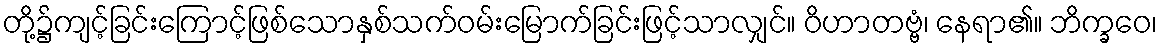
တို့၌ကျင့်ခြင်းကြောင့်ဖြစ်သောနှစ်သက်ဝမ်းမြောက်ခြင်းဖြင့်သာလျှင်။ ဝိဟာတဗ္ဗံ၊ နေရာ၏။ ဘိက္ခဝေ၊